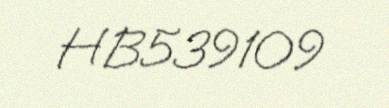
HB539109